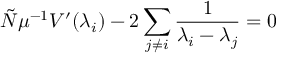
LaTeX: \tilde { N } \mu ^ { - 1 } V ^ { \prime } ( \lambda _ { i } ) - 2 \sum _ { j \neq i } \frac 1 { \lambda _ { i } - \lambda _ { j } } = 0